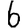
Digit: 6